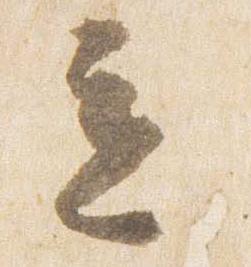
立